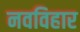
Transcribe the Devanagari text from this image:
नवविहार